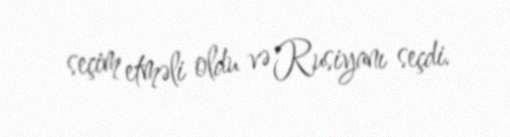
seçim etməli oldu və Rusiyanı seçdi.